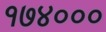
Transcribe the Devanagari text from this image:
१७४०००